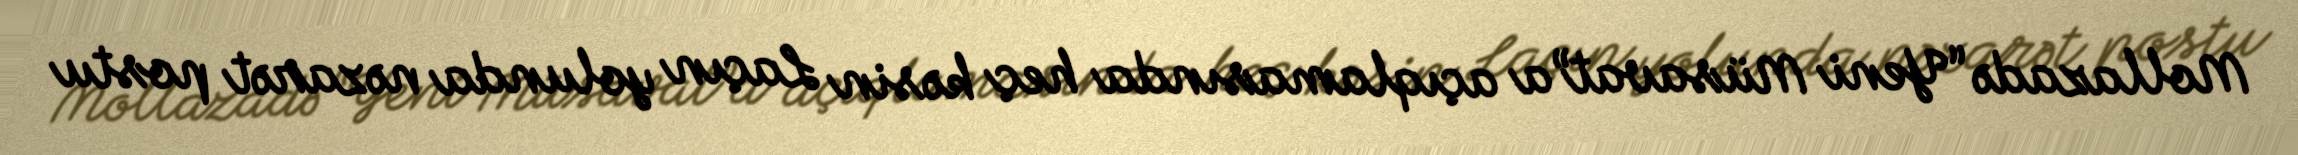
Mollazadə “Yeni Müsavat”a açıqlamasında heç kəsin Laçın yolunda nəzarət postu